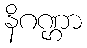
နိဂဏ္ဌာ